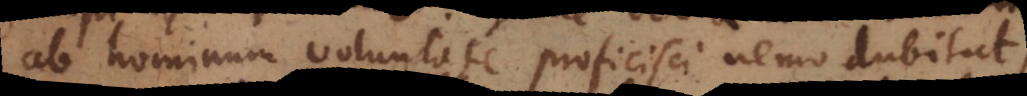
ab hominum voluntate proficisci nemo dubitat,